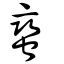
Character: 蠻